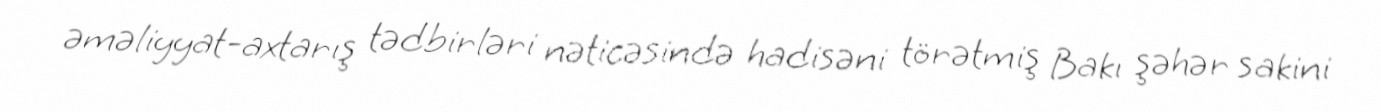
əməliyyat-axtarış tədbirləri nəticəsində hadisəni törətmiş Bakı şəhər sakini